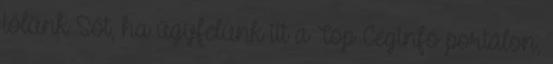
tőlünk Sőt, ha ügyfelünk itt a Top Céginfó portálon,